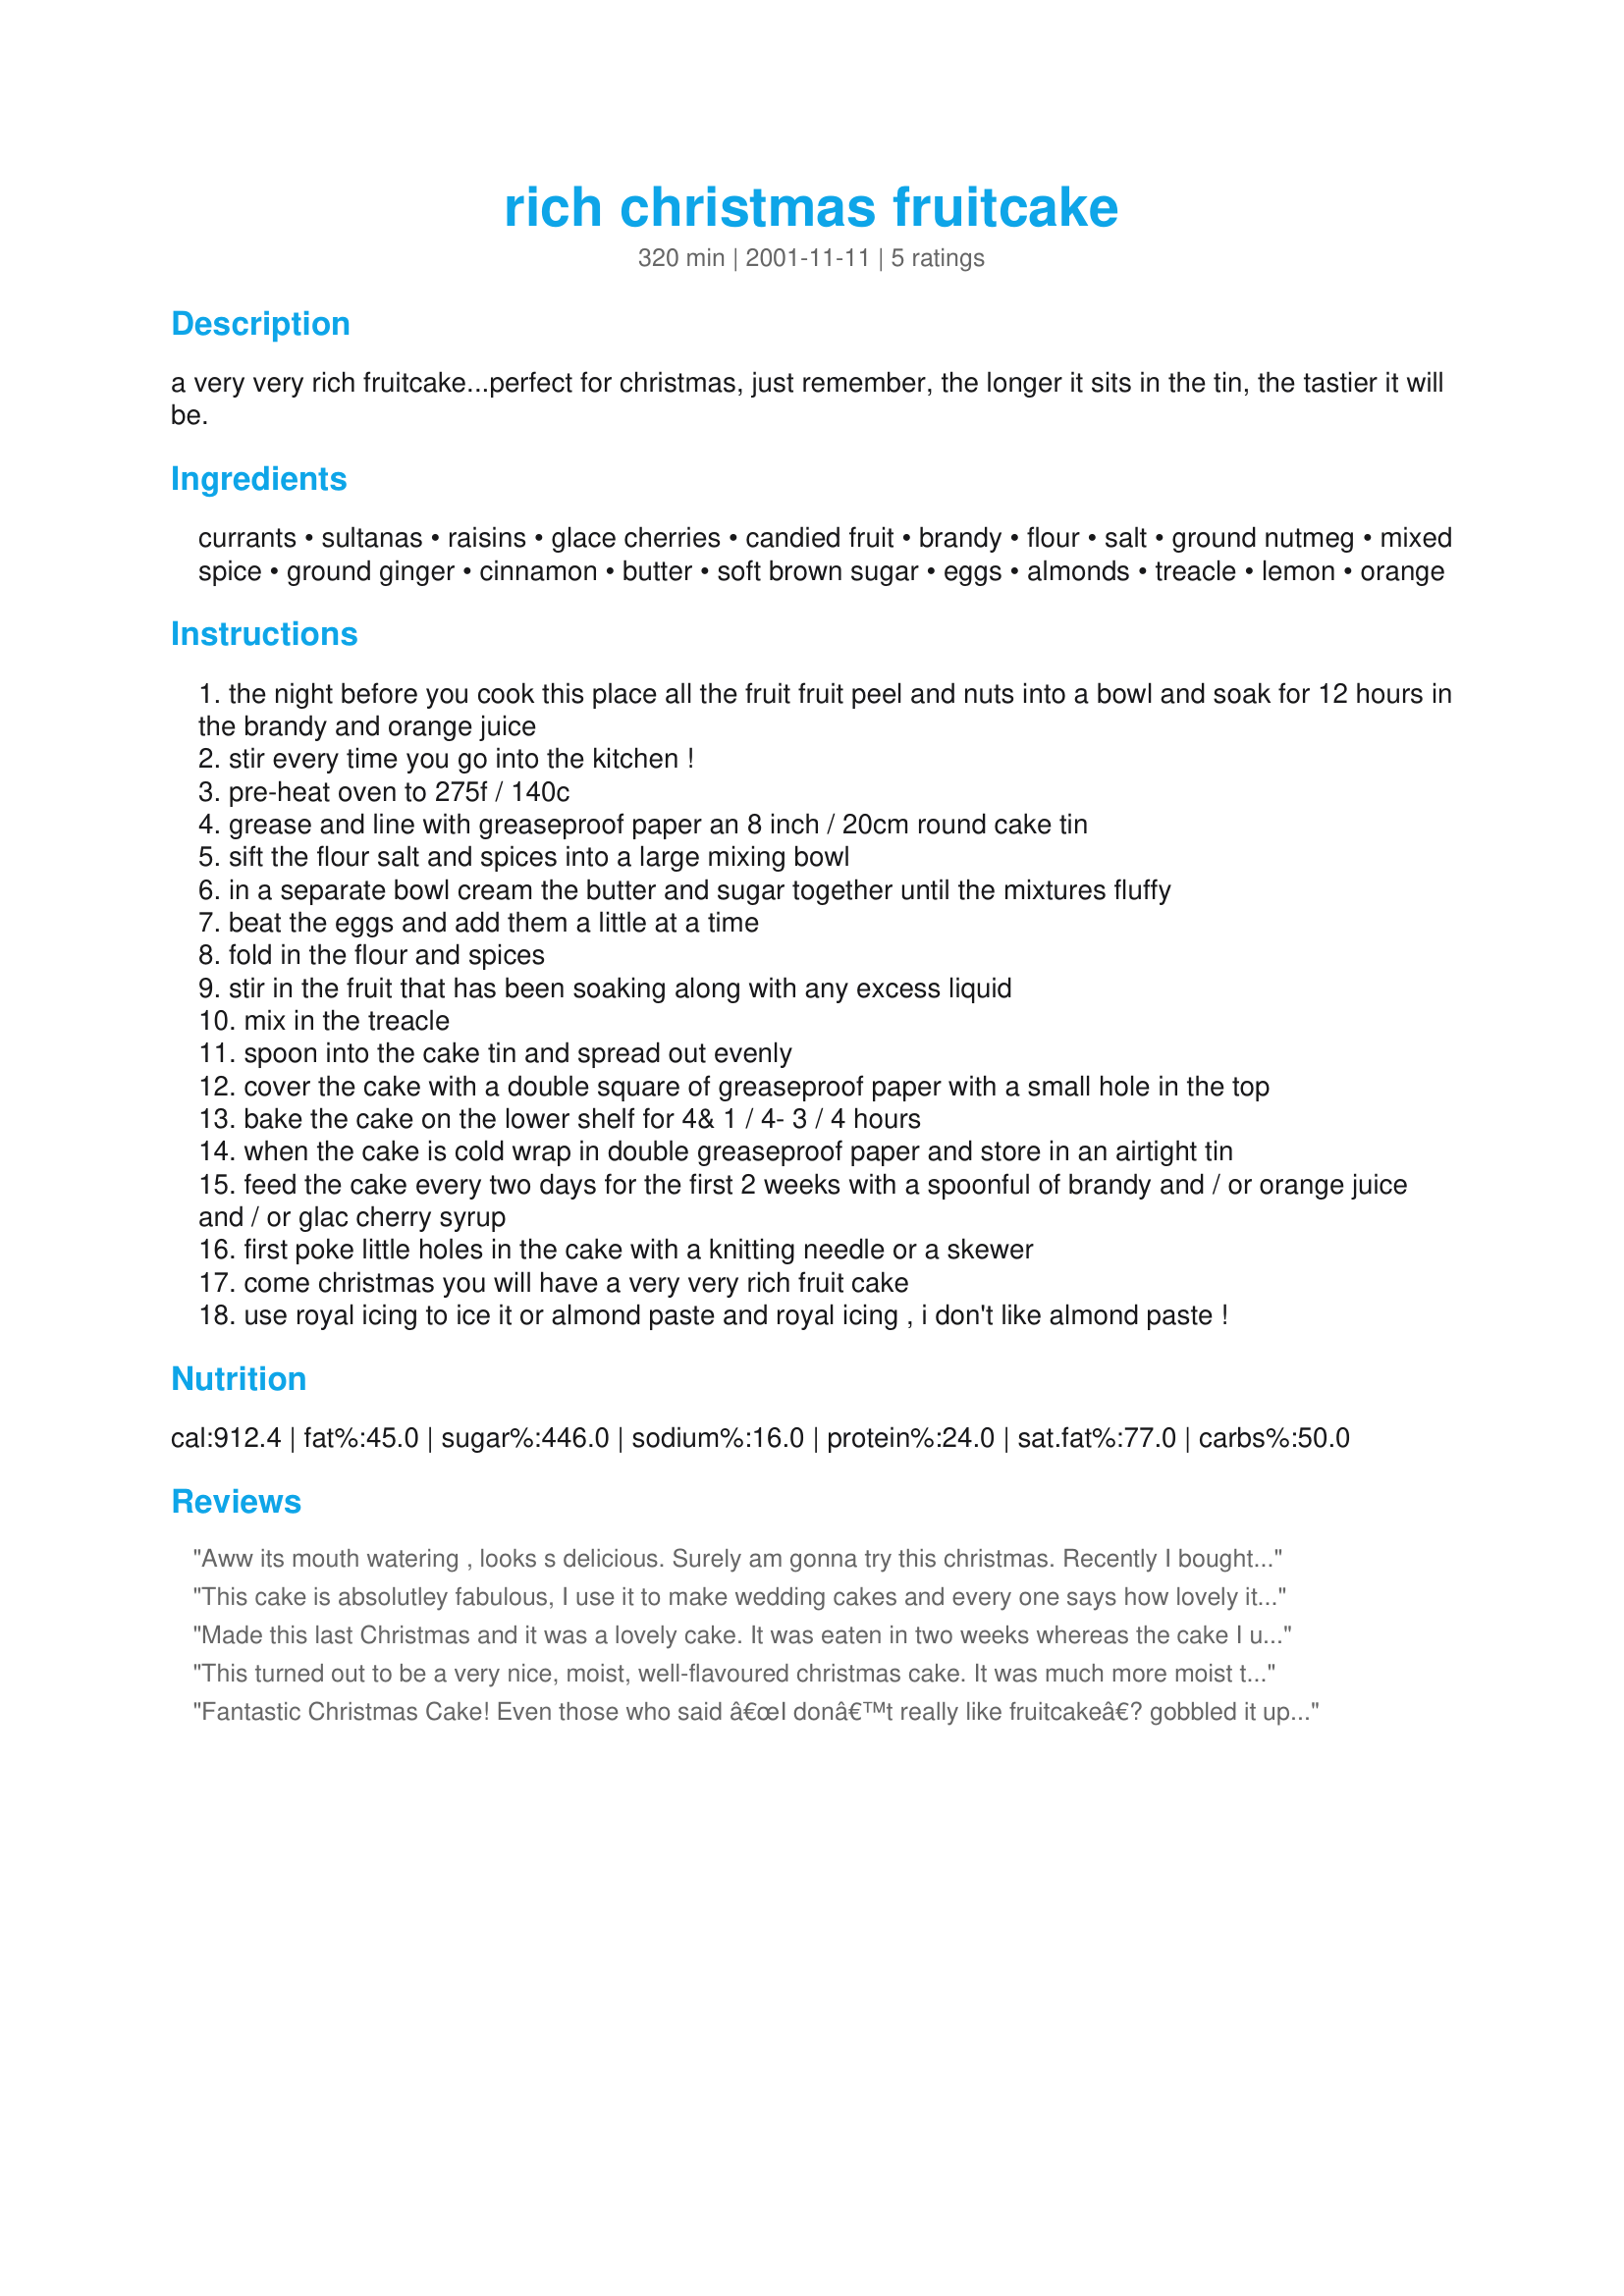
rich christmas fruitcake
Preparation time: 320 minutes

a very very rich fruitcake...perfect for christmas, just remember, the longer it sits in the tin, the tastier it will be.

Ingredients:
currants, sultanas, raisins, glace cherries, candied fruit, brandy, flour, salt, ground nutmeg, mixed spice, ground ginger, cinnamon, butter, soft brown sugar, eggs, almonds, treacle, lemon, orange

Steps:
the night before you cook this place all the fruit fruit peel and nuts into a bowl and soak for 12 hours in the brandy and orange juice
stir every time you go into the kitchen !
pre-heat oven to 275f / 140c
grease and line with greaseproof paper an 8 inch / 20cm round cake tin
sift the flour salt and spices into a large mixing bowl
in a separate bowl cream the butter and sugar together until the mixtures fluffy
beat the eggs and add them a little at a time
fold in the flour and spices
stir in the fruit that has been soaking along with any excess liquid
mix in the treacle
spoon into the cake tin and spread out evenly
cover the cake with a double square of greaseproof paper with a small hole in the top
bake the cake on the lower shelf for 4& 1 / 4- 3 / 4 hours
when the cake is cold wrap in double greaseproof paper and store in an airtight tin
feed the cake every two days for the first 2 weeks with a spoonful of brandy and / or orange juice and / or glac cherry syrup
first poke little holes in the cake with a knitting needle or a skewer
come christmas you will have a very very rich fruit cake
use royal icing to ice it or almond paste and royal icing , i don't like almond paste !

Reviews:
Aww its mouth watering , looks s delicious. Surely am gonna try this christmas. Recently I bought plum cake from https://southindianstore.com/product/plum-cake/ and it was also so yummy, Highly recommendable.
This cake is absolutley fabulous, I use it to make wedding cakes and every one says how lovely it is.
Made this last Christmas and it was a lovely cake. It was eaten in two weeks whereas the cake I used to make took about a month to be finished. Three people have asked me for the recipe including my mother who has used the same recipe for the last 30 odd years!
Rather than soak the fruit for 12 hours, I soaked it for 5 days topping up the rum and schnapps every day, it saved me having to feed the cake after it was made. Well I couldn't really because due to work commitments I didn't make the cake until the 22nd and iced it on the 24th!!!
All I can say...it's a lovely cake!
This turned out to be a very nice, moist, well-flavoured christmas cake. It was much more moist than any storebought fruit cake I've had. 
I only fed the cake once a week for 4 weeks, wrapping it tightly in many layers of plastic wrap inbetween the feedings. I think if I had fed it any more than that, it would have been too moist and would have fallen apart or been more of a christmas pudding instead of a cake. 
In baking the cake, the only substitute I did was using italian candied mixed peel for the 50g candied fruit as I feel it's traditional to have some candied peel in a christmas cake. The tin preparation could be better explained. Traditionally, you double line the tin by folding over a long strip of greaseproof paper (it should be about 2 inches taller than your tin at least), fold about an inch at the bottom of the strip and cut slits up to the fold mark. Grease the cake tin and mold the paper to the sides of the pan (the slits in the paper help this), then cut out two circles of paper to line the bottom. Fold up some newspaper into a strip about another inch higher than your inner greaseproof paper lining and tie this around the outside of the tin. Place the tin on some sheets of newspaper as well. I also followed the instructions and did a folded over piece of greaseproof paper with a small (about one inch diameter) hold in it on top. All the above protective padding around the cake is to help prevent the fruit on the outside of the cake from burning. The oven tempeture is so low that you needn't worry about it catching fire. I then put the newspaper under the tin (and the tin as well) on a baking tray, filled the tin and smoothed out the top with wetted hands. Do not open the oven for at least 4 hours. I have a convection oven and the cake was done at 4 hours. Test the cake with a wooden toothpick or skewer of some kind but be aware that it could come out slightly sticky as it hits a lot of fruits as well. Leave to cool in the tin, on a rack. This can take several hours. Remove the cake from the tin when it's completely cold, then feed as above.
Fantastic Christmas Cake! Even those who said â€œI donâ€™t really like fruitcakeâ€? gobbled it up. I followed Heatherâ€™s directions for preparing the tin for baking and also took her suggestion of adding the mixed peel. I made this mid-November and fed it twice a week for the first couple of weeks but had to scale back because I was afraid it might fall apart or be more pudding-like. Even with not feeding it much the last few weeks, it was incredibly moist. Iâ€™m not a big fan of frosting, so I left it plain. Everyone agreed that it was fantastic un-frosted as you could really taste the fruit and spices. Well worth the wait!
